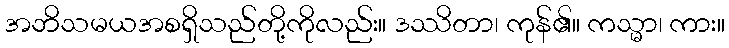
အဘိသမယအစရှိသည်တို့ကိုလည်း။ ဒဿိတာ၊ ကုန်၏။ ကသ္မာ၊ ကား။